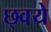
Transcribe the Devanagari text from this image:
छ्वये